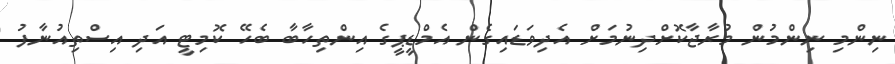
ނިންމި ނިންމުން މުރާޖާކޮށްދިނުމަށް އެދިވަޑައިގެން އެމްޑީޕީގެ އިންތިހާބާ ބެހޭ ކޮމިޓީ އަދި އިސްތިއުނާފު